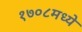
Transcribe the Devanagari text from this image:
१७०८मध्ये